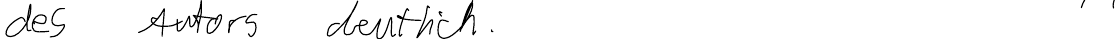
des Autors deutlich.